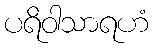
ပရိဝါသာရဟံ